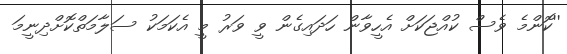
''ކޮންމެ ވެސް ކުއްޖަކަށް އެހީވާން ހަދައިގެން ވީ ވަރު މީ އެކަމަކު ސަލާމަތްކޮށްދިނީމަ